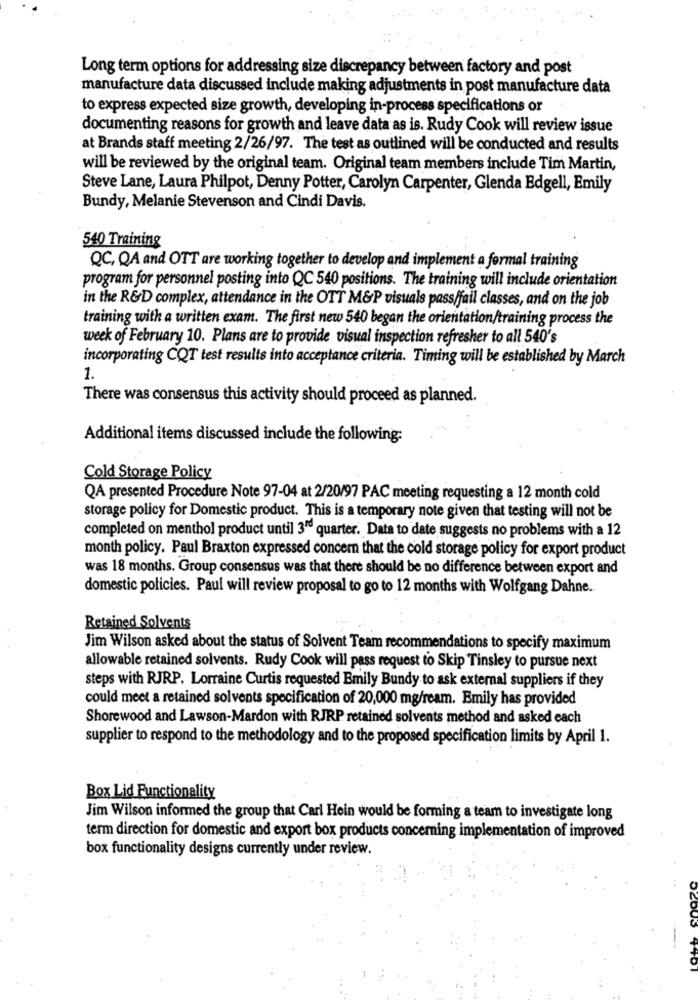
Long term options for addressing size discrepancy between factory and post
manufacture data discussed include making adjustments in post manufacture data
to express expected size growth, developing in-process specifications or
documenting reasons for growth and leave data as is. Rudy Cook will review issue
at Brands staff meeting 2/26/97. The test as outlined will be conducted and results
will be reviewed by the original team. Original team members include Tim Martin,
Steve Lane, Laura Philpot, Denny Potter, Carolyn Carpenter, Glenda Edgell, Emily
Bundy, Melanie Stevenson and Cindi Davis.
540 Training
QC, QA and OTT are working together to develop and implement a formal training
program for personnel posting into QC 540 positions. The training will include orientation
in the R&D complex, attendance in the OTT M&P visuals pass/fail classes, and on the job
training with a written exam. The first new 540 began the orientation/training process the
week of February 10. Plans are to provide visual inspection refresher to all 540's
incorporating CQT test results into acceptance criteria. Timing will be established by March
1.
There was consensus this activity should proceed as planned.
Additional items discussed include the following:
Cold Storage Policy
QA presented Procedure Note 97-04 at 2/20/97 PAC meeting requesting a 12 month cold
storage policy for Domestic product. This is a temporary note given that testing will not be
completed on menthol product until 3'e quarter. Data to date suggests no problems with a 12
month policy. Paul Braxton expressed concern that the cold storage policy for export product
was 18 months. Group consensus was that there should be no difference between export and
domestic policies. Paul will review proposal to go to 12 months with Wolfgang Dahne.
Retained Solvents
Jim Wilson asked about the status of Solvent Team recommendations to specify maximum
allowable retained solvents. Rudy Cook will pass request to Skip Tinsley to pursue next
steps with RJRP. Lorraine Curtis requested Emily Bundy to ask external suppliers if they
could meet a retained solvents specification of 20,000 mg/ream. Emily has provided
Shorewood and Lawson-Mardon with RJRP retained solvents method and asked each
supplier to respond to the methodology and to the proposed specification limits by April 1.
Box Lid Functionality
Jim Wilson informed the group that Carl Hein would be forming a team to investigate long
term direction for domestic and export box products concerning implementation of improved
box functionality designs currently under review.
52003 4401